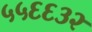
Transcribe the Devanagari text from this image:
५५६६३२